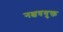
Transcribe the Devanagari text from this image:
नक्षत्रयुक्त